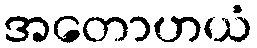
အတောဟယံ